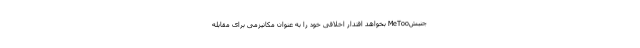
جنبشMeToo بخواهد اقتدار اخلاقی خود را به عنوان مکانیزمی برای مقابله